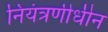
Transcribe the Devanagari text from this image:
नियंत्रणीधीन